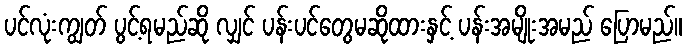
ပင်လုံးကျွတ် ပွင့်ရမည်ဆို လျှင် ပန်းပင်တွေမဆိုထားနှင့် ပန်းအမျိုးအမည် ပြောမည်။